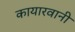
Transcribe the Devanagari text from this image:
कायारवानी